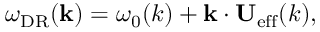
\omega _ { \mathrm { D R } } ( \mathbf { k } ) = \omega _ { 0 } ( k ) + \mathbf { k } \cdot \mathbf { U } _ { \mathrm { e f f } } ( k ) ,